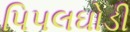
પિપલઘોડી